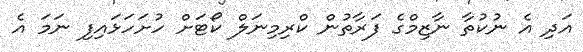
އަދި އެ ނުކުތާ ނާޒިމްގެ ފަރާތުން ކްރިމިނަލް ކޯޓަށް ހުށަހަޅައިފި ނަމަ އެ